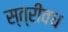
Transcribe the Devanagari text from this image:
स्त्रीवध